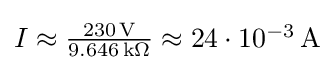
{\textstyle I\approx {\frac {230\,\mathrm {V} }{9.646\,\mathrm {k\Omega } }}\approx 24\cdot 10^{-3}\,\mathrm {A} }